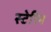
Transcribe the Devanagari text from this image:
स्टेरिन